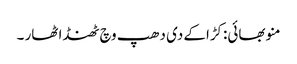
منو بھائی:کڑاکے دی دھپ وچ ٹھنڈا ٹھار ۔